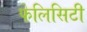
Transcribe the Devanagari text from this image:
फेलिसिटी